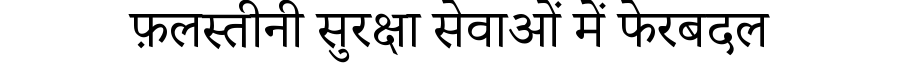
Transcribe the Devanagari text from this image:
फ़लस्तीनी सुरक्षा सेवाओं में फेरबदल